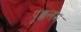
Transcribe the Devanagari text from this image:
पूक्कलम